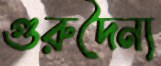
গুরুদৈন্য